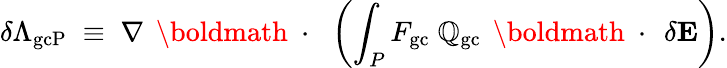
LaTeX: \delta\Lambda_{\mathrm{gcP}}\; \equiv\; \nabla\, \mathrm{~\boldmath~\cdot~}\, \left(\int_{P}F_{\mathrm{gc}}\; \mathbb{Q}_{\mathrm{gc}}\, \mathrm{~\boldmath~\cdot~}\, \delta{\mathbf E}\right).